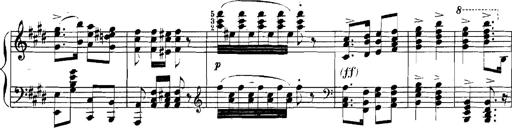
Title: Rhapsodies hongroises
Composer: Franz Liszt